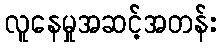
လူနေမှုအဆင့်အတန်း